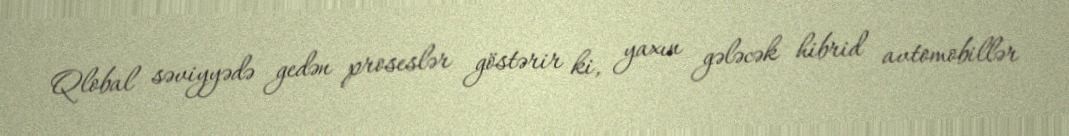
Qlobal səviyyədə gedən proseslər göstərir ki, yaxın gələcək hibrid avtomobillər